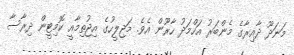
މަނަދޫ ދާއިރާގެ މެންބަރު އަހްމަދު ހާރޫން އެވެ. މަޖިލީހުގެ އިޖުތިމާއީ ކޮމިޓީން ދިރާސާ